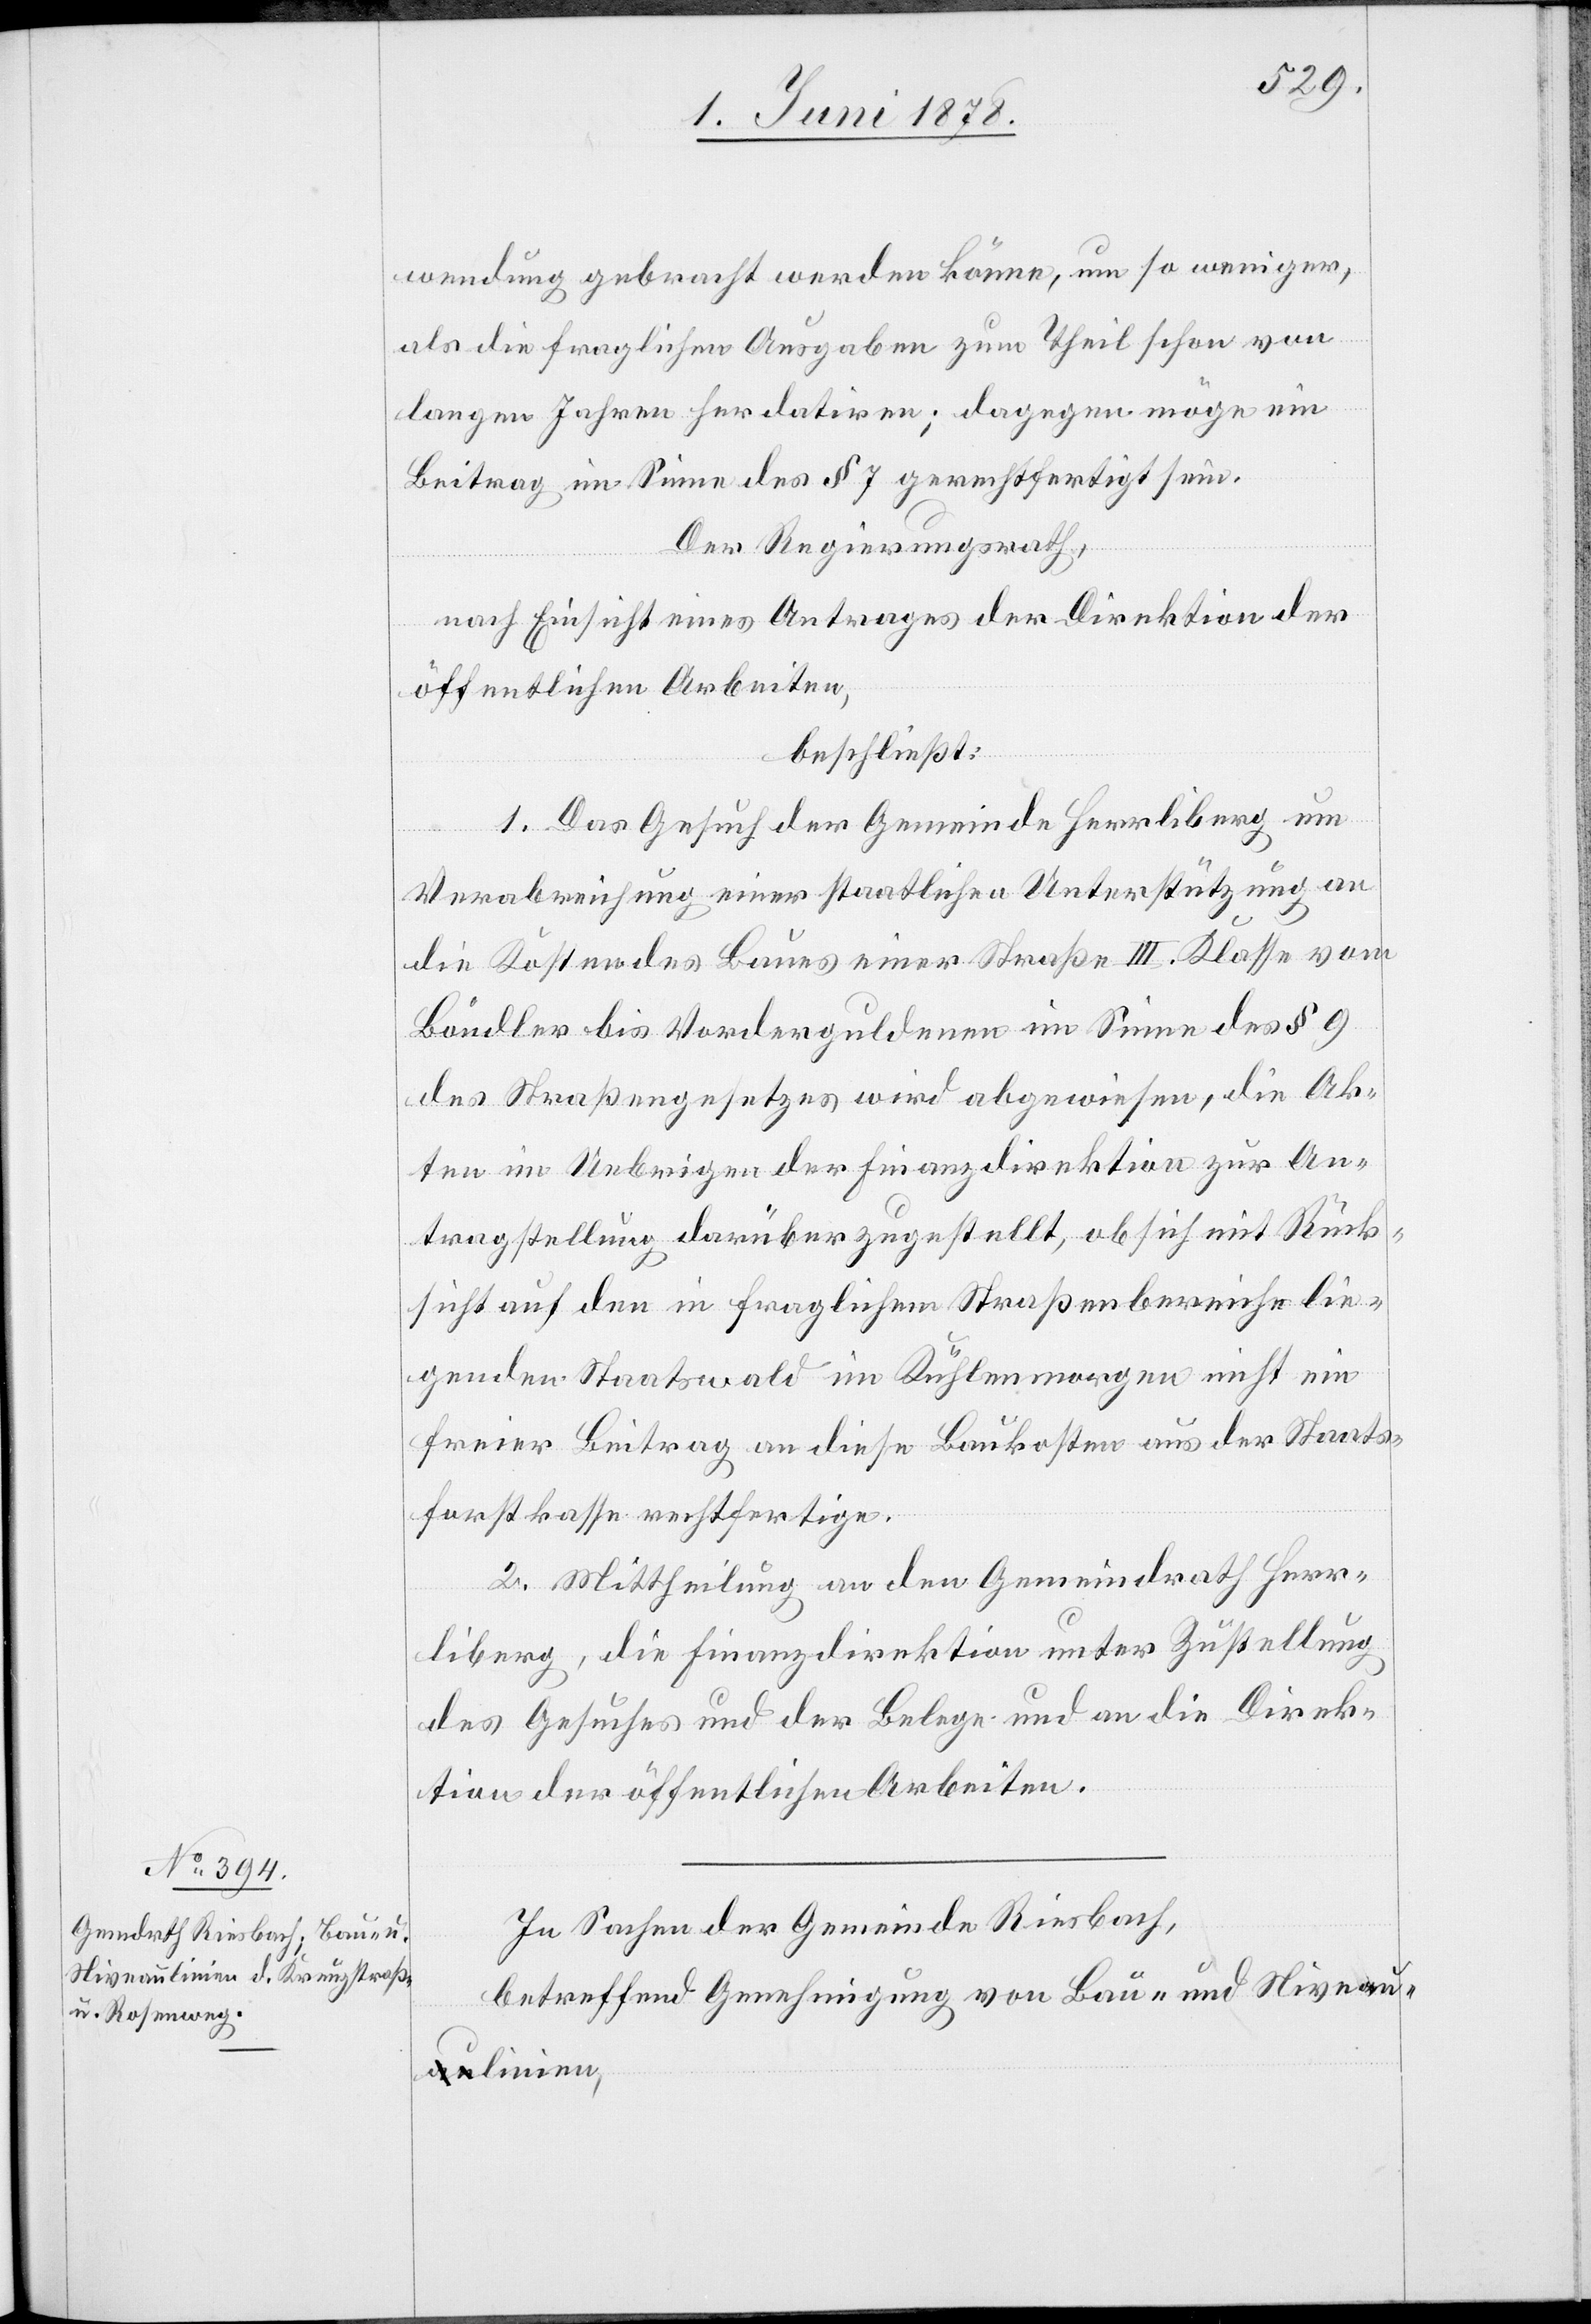
wendung gebracht werden könne, um so weniger,
als die fraglichen Ausgaben zum Theil schon von
langen Jahren her datiren; dagegen möge ein
Beitrag im Sinne des § 7 gerechtfertigt sein.
Der Regierungsrath,
nach Einsicht eines Antrages der Direktion der
öffentlichen Arbeiten,
beschließt:
1. Das Gesuch der Gemeinde Herrliberg um
Verabreichung einer staatlichen Unterstützung an
die Kosten des Baues einer Straße III. Klasse vom
Böndler bis Vorderguldenen im Sinne des § 9
des Straßengesetzes wird abgewiesen, die Ak¬
ten im Uebrigen der Finanzdirektion zur An¬
tragstellung darüber zugestellt, ob sich mit Rück¬
sicht auf den in fraglichen Straßenbereiche lie¬
genden Staatswald im Kühlenmorgen nicht ein
freier Beitrag an diese Baukosten aus der Staats¬
forstkasse rechtfertige.
2. Mittheilung an den Gemeindrath Herr¬
liberg, die Finanzdirektion unter Zustellung
des Gesuches und der Belege und an die Direk¬
tion der öffentlichen Arbeiten.
In Sachen der Gemeinde Riesbach,
betreffend Genehmigung von Bau- und Niveau¬
linien,